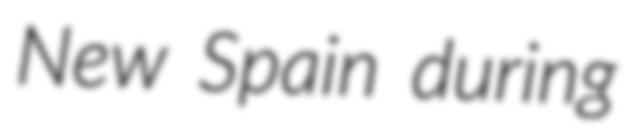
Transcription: New Spain during